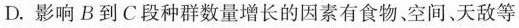
D.影响B到C段种群数量增长的因素有食物、空间、天敌等